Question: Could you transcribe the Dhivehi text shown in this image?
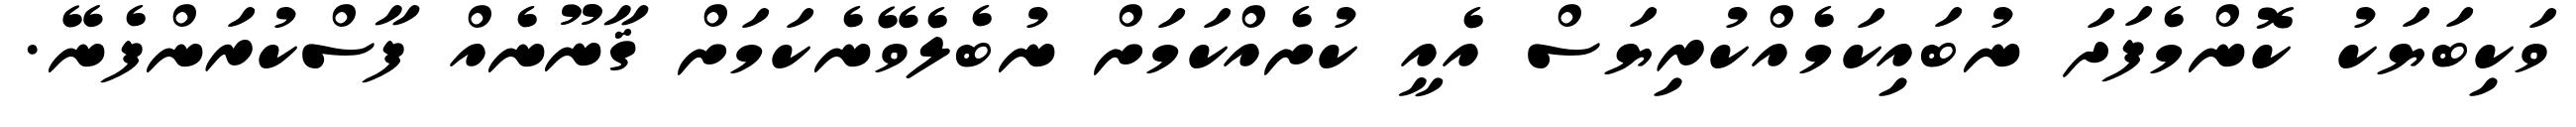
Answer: ވަކިބަޔަކު ކޮންމެފަދަ ނުބައިކަމެއްކުރިޔަސް އެއީ ކުށެއްކަމަށް ނުބެލެވޭނެކަމަށް ޤާނޫނެއް ފާސްކުރަންފެނޭ.